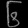
Digit: ၆